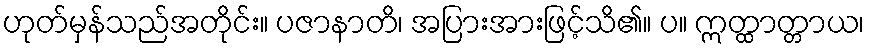
ဟုတ်မှန်သည်အတိုင်း။ ပဇာနာတိ၊ အပြားအားဖြင့်သိ၏။ ပ။ ဣတ္ထာတ္တာယ၊